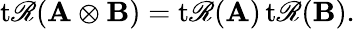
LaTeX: \operatorname{t\mathscr{R}}(\mathbf{{A}}\otimes\mathbf{{B}})=\operatorname{t\mathscr{R}}(\mathbf{{A}})\operatorname{t\mathscr{R}}(\mathbf{{B}}).